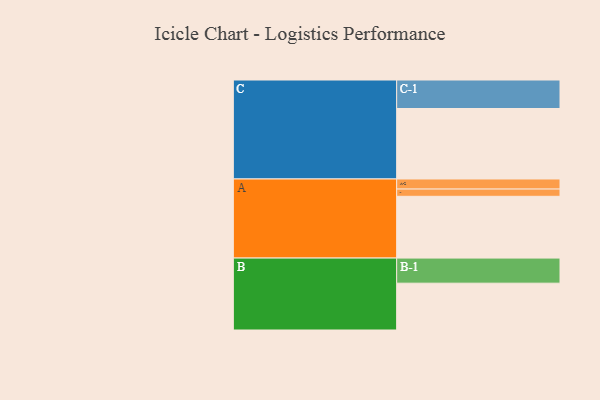
{"axis": {"x": "Segment", "y": "Value"}, "legend": ["", "A", "B", "C"], "data": [{"x": "A", "y": 509, "type": ""}, {"x": "B", "y": 386, "type": ""}, {"x": "C", "y": 581, "type": ""}, {"x": "A-1", "y": 60, "type": "A"}, {"x": "A-2", "y": 83, "type": "A"}, {"x": "B-1", "y": 207, "type": "B"}, {"x": "C-1", "y": 235, "type": "C"}]}